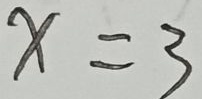
x = 3